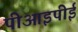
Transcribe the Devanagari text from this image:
पीआइपीई